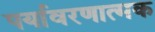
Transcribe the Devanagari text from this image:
पर्यावरणात्‍मक